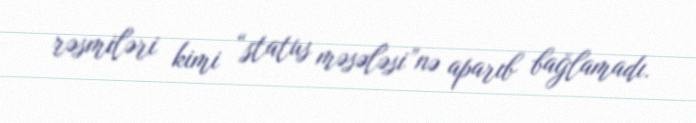
rəsmiləri kimi “status məsələsi”nə aparıb bağlamadı.